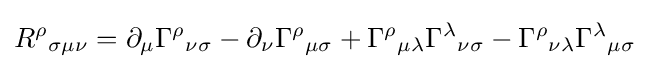
R^{\rho }{}_{\sigma \mu \nu }=\partial _{\mu }\Gamma ^{\rho }{}_{\nu \sigma }-\partial _{\nu }\Gamma ^{\rho }{}_{\mu \sigma }+\Gamma ^{\rho }{}_{\mu \lambda }\Gamma ^{\lambda }{}_{\nu \sigma }-\Gamma ^{\rho }{}_{\nu \lambda }\Gamma ^{\lambda }{}_{\mu \sigma }